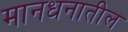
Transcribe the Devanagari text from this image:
मानधनातील